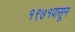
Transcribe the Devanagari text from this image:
१९७१पासून